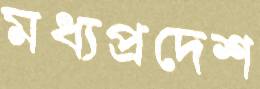
মধ্যপ্রদেশ